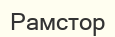
Рамстор